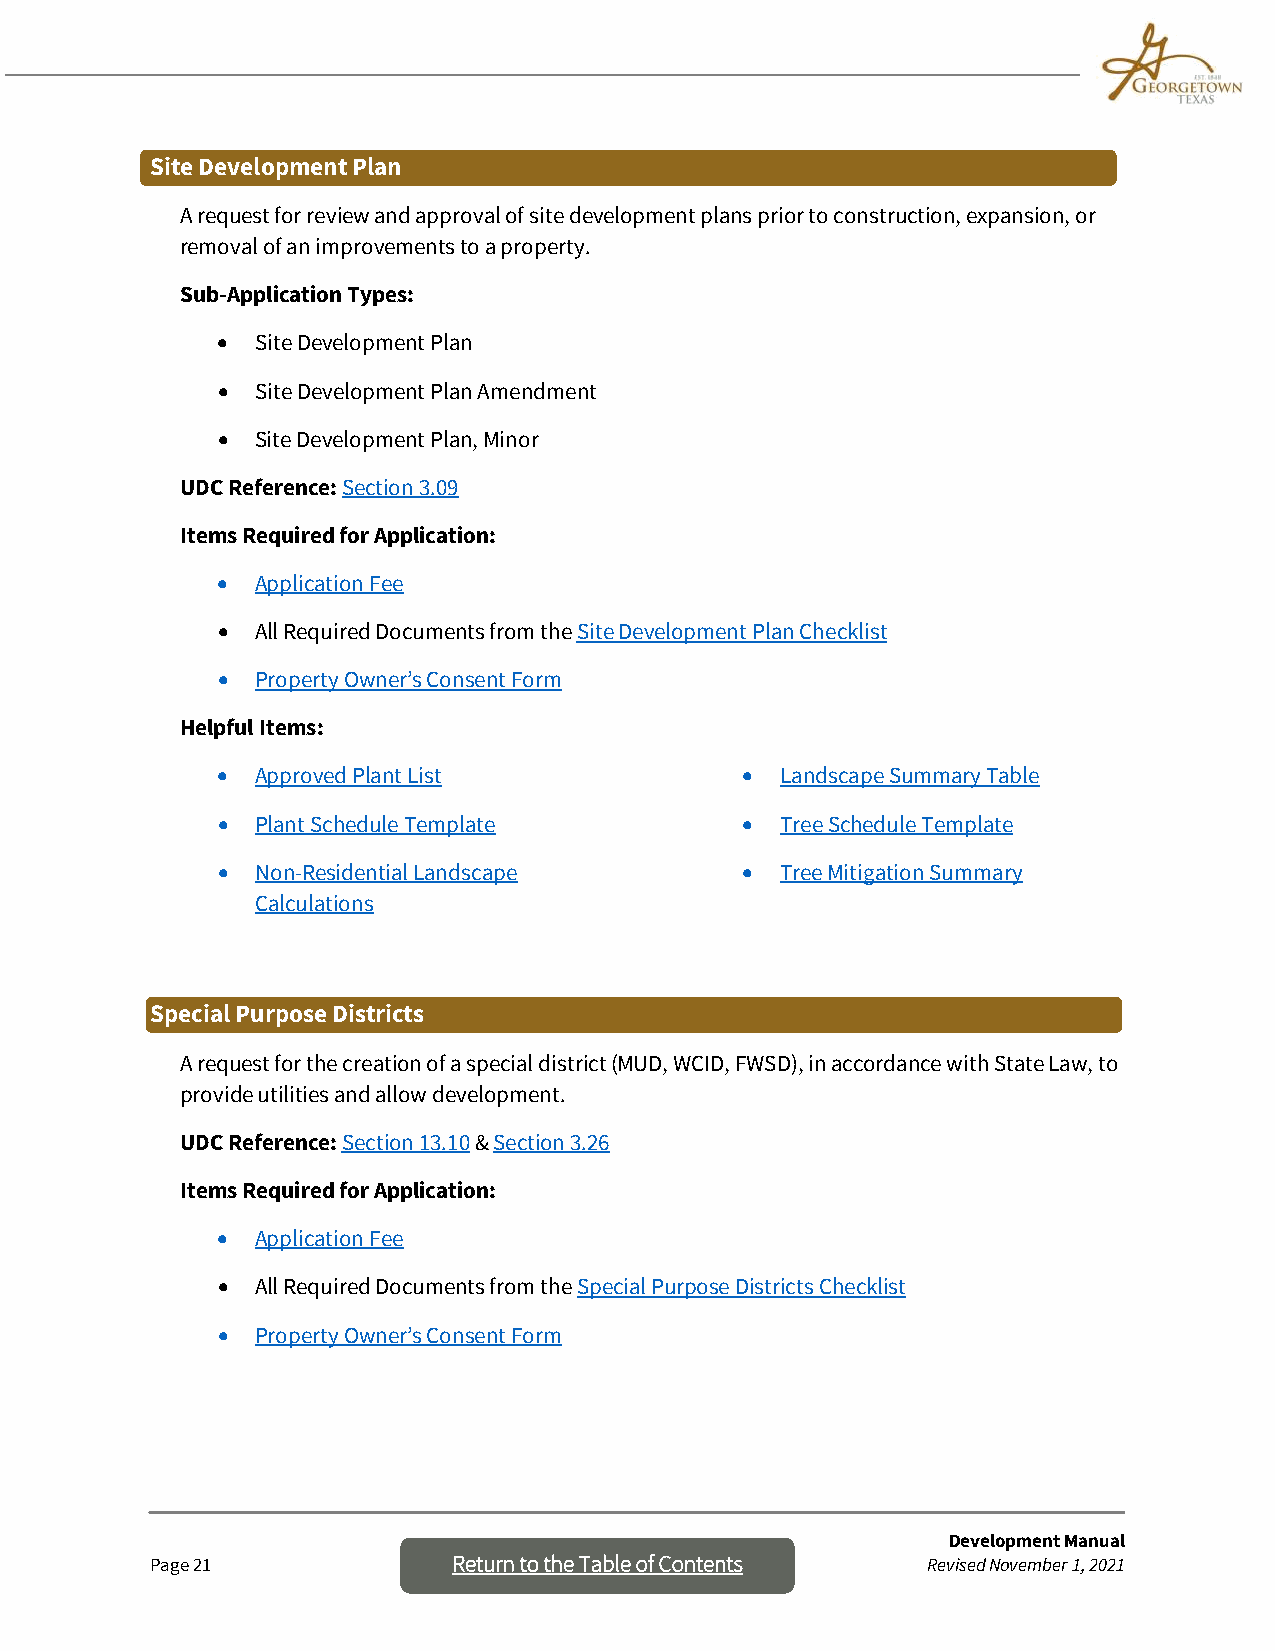
Site Development Plan
 A request for review and approval of site development plans prior to construction, expansion, or
 removal of an improvements to a property.
 Sub-Application Types:
 •  Site Development Plan
 •  Site Development Plan Amendment
 •  Site Development Plan, Minor
 UDC Reference: Section 3.09
 Items Required for Application:
 •  Application Fee
 •  All Required Documents from the Site Development Plan Checklist
 •  Property Owner’s Consent Form
 Helpful Items:
 •  Approved Plant List             •  Landscape Summary Table
 •  Plant Schedule Template         •  Tree Schedule Template
 •  Non-Residential Landscape       •  Tree Mitigation Summary
 Calculations
 Special Purpose Districts
 A request for the creation of a special district (MUD, WCID, FWSD), in accordance with State Law, to
 provide utilities and allow development.
 UDC Reference: Section 13.10 & Section 3.26
 Items Required for Application:
 •  Application Fee
 •  All Required Documents from the Special Purpose Districts Checklist
 •  Property Owner’s Consent Form
 Development Manual
 Page 21             Return to the Table o f Contents Revised November 1, 2021